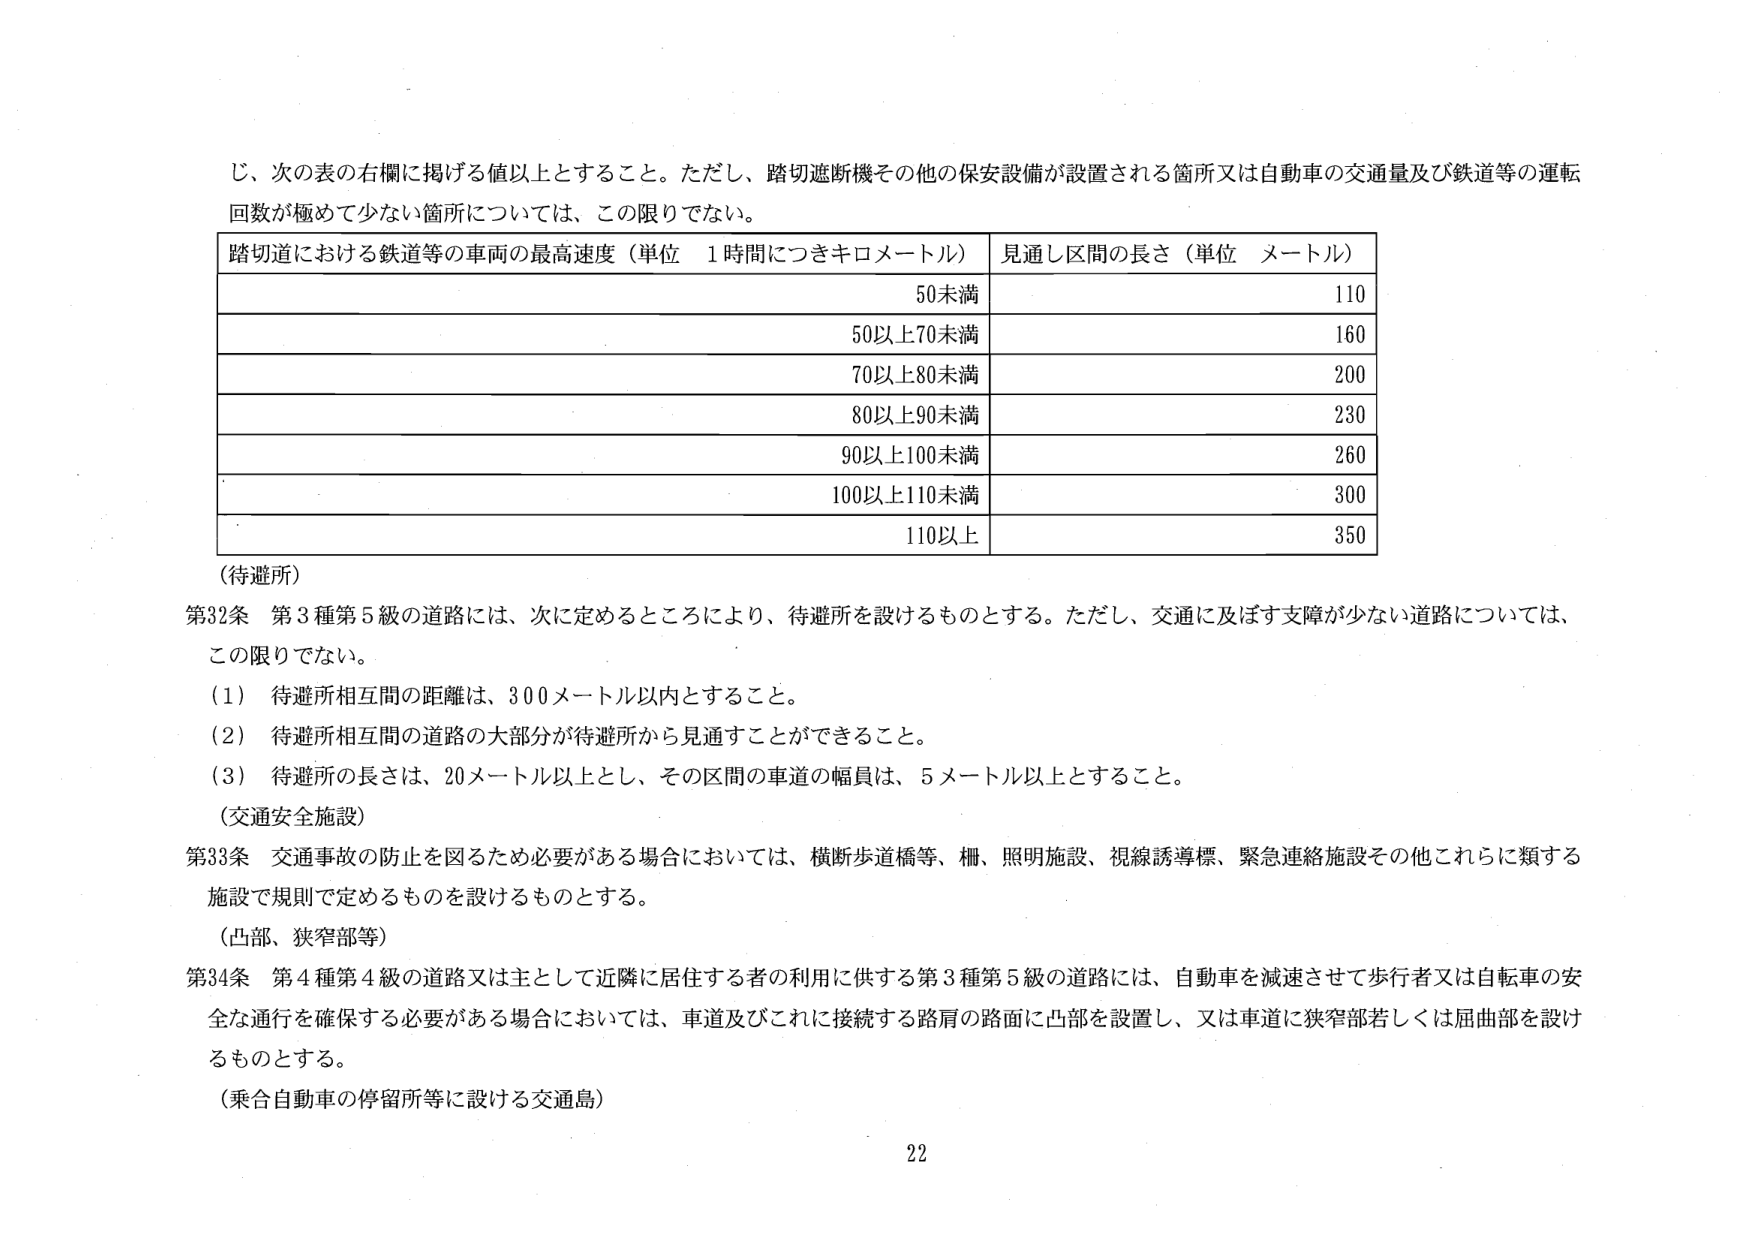
じ、次の表の右欄に掲げる値以上とすること。ただし、踏切遮断機その他の保安設備が設置される箇所又は自動車の交通量及び鉄道等の運転回数が極めて少ない箇所については、この限りでない。

踏切道における鉄道等の車両の最高速度（単位　1時間につきキロメートル）　見通し区間の長さ（単位　メートル）
50未満